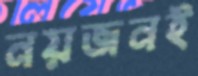
নয়জনই